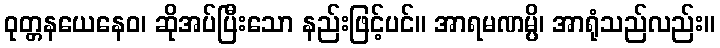
ဝုတ္တနယေနေဝ၊ ဆိုအပ်ပြီးသော နည်းဖြင့်ပင်။ အာရမဏမ္ပိ၊ အာရုံသည်လည်း။